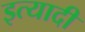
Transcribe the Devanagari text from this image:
इत्यादी